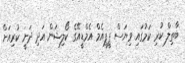
ބާތިލް ކުރި ކަމުގައި ވިޔަސް ޕީޕީއެމް އެމްޑީއޭގެ ކޯލިޝަން އަދި ދަނީ ކުރިއަށް